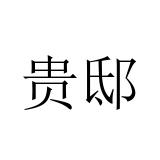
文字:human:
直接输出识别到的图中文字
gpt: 贵邸